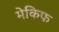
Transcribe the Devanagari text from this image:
मेकिफ